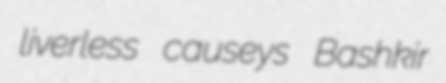
liverless causeys Bashkir